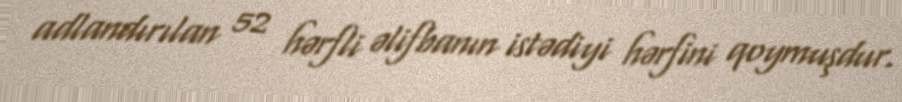
adlandırılan 52 hərfli əlifbanın istədiyi hərfini qoymuşdur.